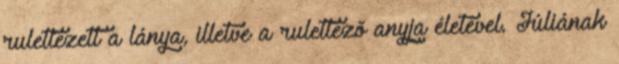
rulettezett a lánya, illetve a rulettezõ anyja életével. Júliának